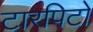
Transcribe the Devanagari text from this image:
टारपिटो